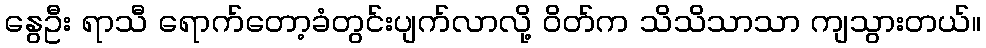
နွေဦး ရာသီ ရောက်တော့ခံတွင်းပျက်လာလို့ ဝိတ်က သိသိသာသာ ကျသွားတယ်။